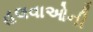
હલવાઓની